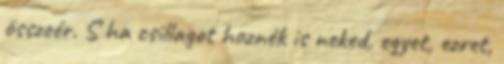
összeér. S ha csillagot hoznék is neked, egyet, ezret,